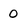
Character: 0